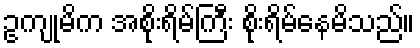
ဥကျုမိက အစိုးရိမ်ကြီး စိုးရိမ်နေမိသည်။